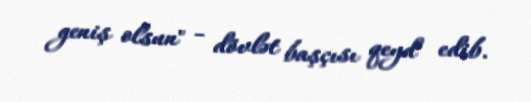
geniş olsun" - dövlət başçısı qeyd edib.